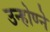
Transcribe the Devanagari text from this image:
उन्होण्ने